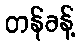
တန်ခန့်